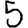
Digit: 5